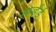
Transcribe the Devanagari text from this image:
हार्व्हर्ड